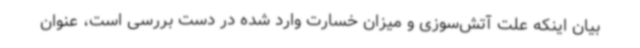
بیان اینکه علت آتش‌سوزی و میزان خسارت وارد شده در دست بررسی است، عنوان